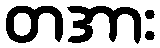
တအား